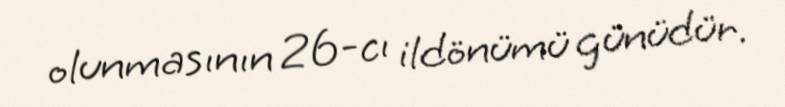
olunmasının 26-cı ildönümü günüdür.